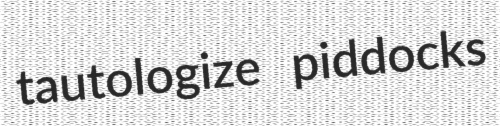
tautologize piddocks